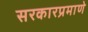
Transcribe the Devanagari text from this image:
सरकारप्रमाणे